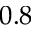
0 . 8